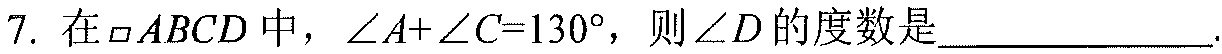
7. 在\(\square ABCD\)中，\(\angle A + \angle C = 130^{\circ}\)，则\(\angle D\)的度数是____________.